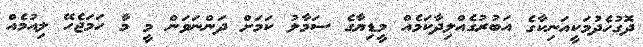
ދޮގުހެދުމަކީއަނިކާގެ އަބުރުގެއްލިދާކަމެއް މީީޑިޔާގެ ސަަމާލު ކަމަށް ދަންނަވަން މީ މާ ހަމަޖެހޭ ލިއުމެއް